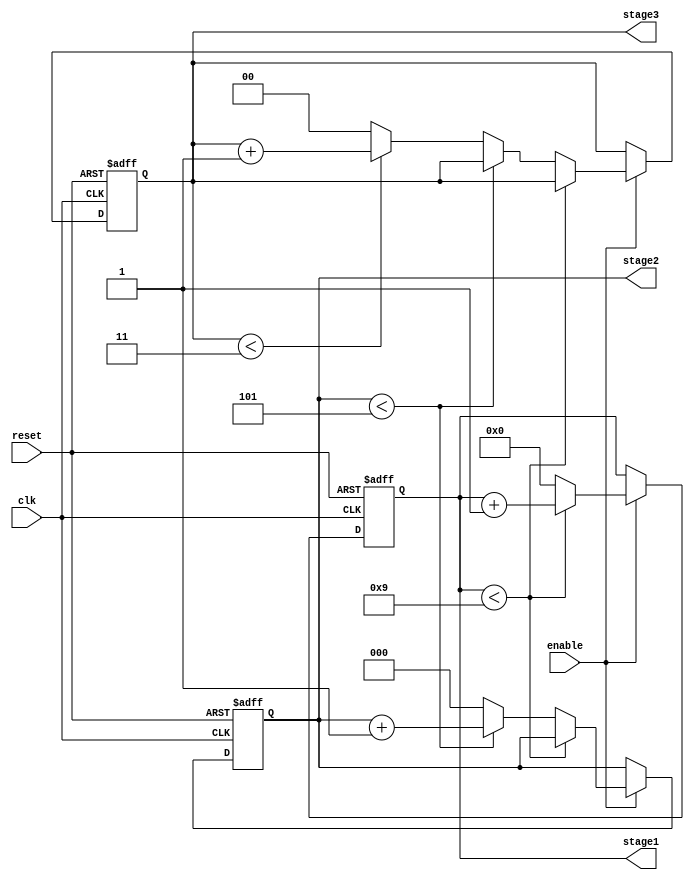
module mixed_radix_counter(
    input wire clk,              // Clock input
    input wire reset,            // Asynchronous reset
    input wire enable,           // Enable signal
    output reg [3:0] stage1,     // Output for stage 1 (Radix 10)
    output reg [2:0] stage2,     // Output for stage 2 (Radix 6)
    output reg [1:0] stage3      // Output for stage 3 (Radix 4)
);

// Radix definitions
parameter RADIX1 = 10; // Stage 1 radix
parameter RADIX2 = 6;  // Stage 2 radix
parameter RADIX3 = 4;  // Stage 3 radix

// Sequential logic for counter
always @(posedge clk or posedge reset) begin
    if (reset) begin
        // Reset all stages
        stage1 <= 0;
        stage2 <= 0;
        stage3 <= 0;
    end else if (enable) begin
        // Stage 1 counting
        if (stage1 < RADIX1 - 1) begin
            stage1 <= stage1 + 1;
        end else begin
            stage1 <= 0; // Reset stage 1
            // Stage 2 counting
            if (stage2 < RADIX2 - 1) begin
                stage2 <= stage2 + 1;
            end else begin
                stage2 <= 0; // Reset stage 2
                // Stage 3 counting
                if (stage3 < RADIX3 - 1) begin
                    stage3 <= stage3 + 1;
                end else begin
                    stage3 <= 0; // Reset stage 3
                end
            end
        end
    end
end

endmodule